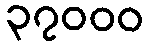
၃၇၀၀၀